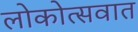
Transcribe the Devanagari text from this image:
लोकोत्सवात